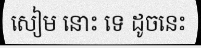
សៀម នោះ ទេ ដូចនេះ